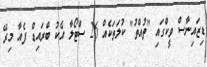
ޑިޒައިނާސް ވީކްގައި "ތުއްތު" ކުލަތަކެއް 26 ސްޓޯލާ އެކު ބްރައިޑް ފެއާ މިރޭ